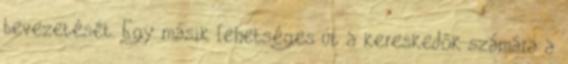
bevezetését. Egy másik lehetséges út a kereskedôk számára a